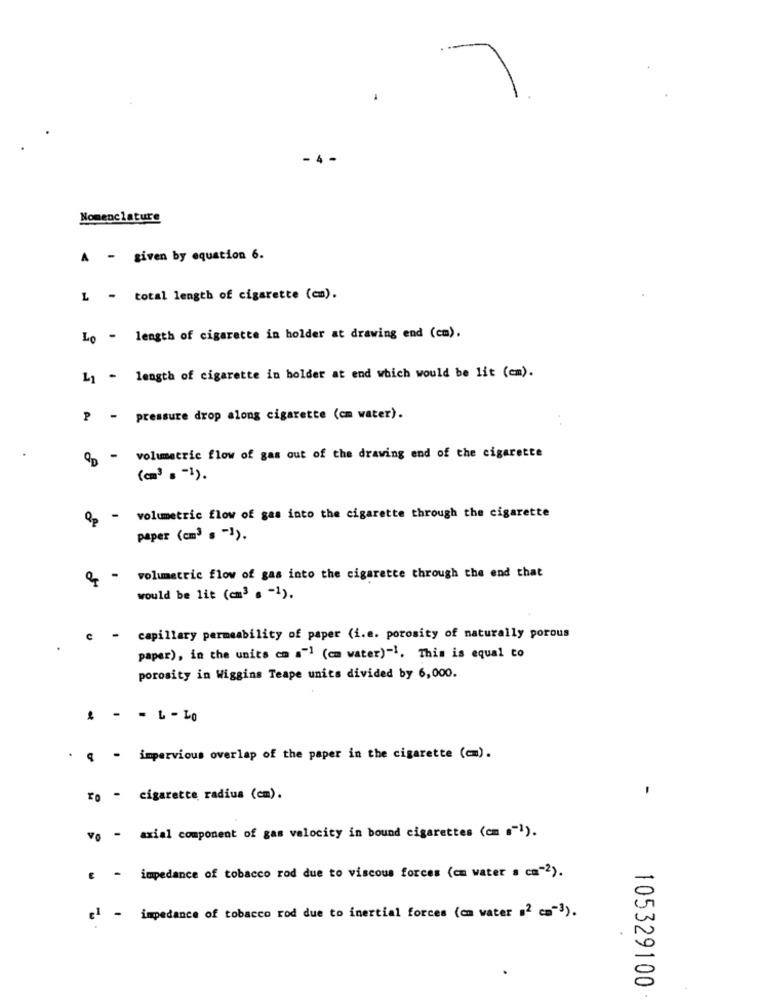
Nomenclature
A - given by equation 6.
L - total length of cigarette (cm).
Lo - length of cigarette in holder at drawing end (cm).
L1 - length of cigarette in holder at end which would be lit (em).
P - pressure drop along cigarette (cm water).
Qp - volumetric flow of gas out of the drawing end of the cigarette
(cm3 . - 1).
Op - volumetric flow of gas into the cigarette through the cigarette
paper (cm3 s "1).
volumetric flow of gas into the cigarette through the end that
would be lit (cm3 . - 1).
capillary permeability of paper (i.e. porosity of naturally porous
paper), in the units cm a"1 (cm water)" !. This is equal to
porosity in Wiggins Teape units divided by 6,000.
: - - L-LO
. q - impervious overlap of the paper in the cigarette (cm).
-
ro - cigarette radius (cm).
vo - axial component of gas velocity in bound cigarettes (cm .- 1).
€ - impedance of tobacco rod due to viscous forces (cm water a cm-2).
el - impedance of tobacco rod due to inertial forces (cm water .2 cm-3).
105329100